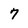
Character: 7